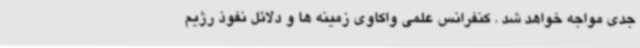
جدی مواجه خواهد شد . کنفرانس علمی واکاوی زمینه ها و دلائل نفوذ رژیم